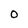
Character: O